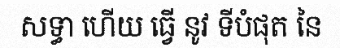
សទ្ធា ហើយ ធ្វើ នូវ ទីបំផុត នៃ